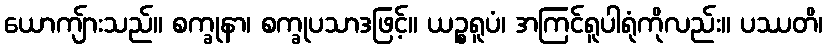
ယောကျ်ားသည်။ စက္ခုနာ၊ စက္ခုပသာဒဖြင့်။ ယဉ္စရူပံ၊ အကြင်ရူပါရုံကိုလည်း။ ပဿတိ၊